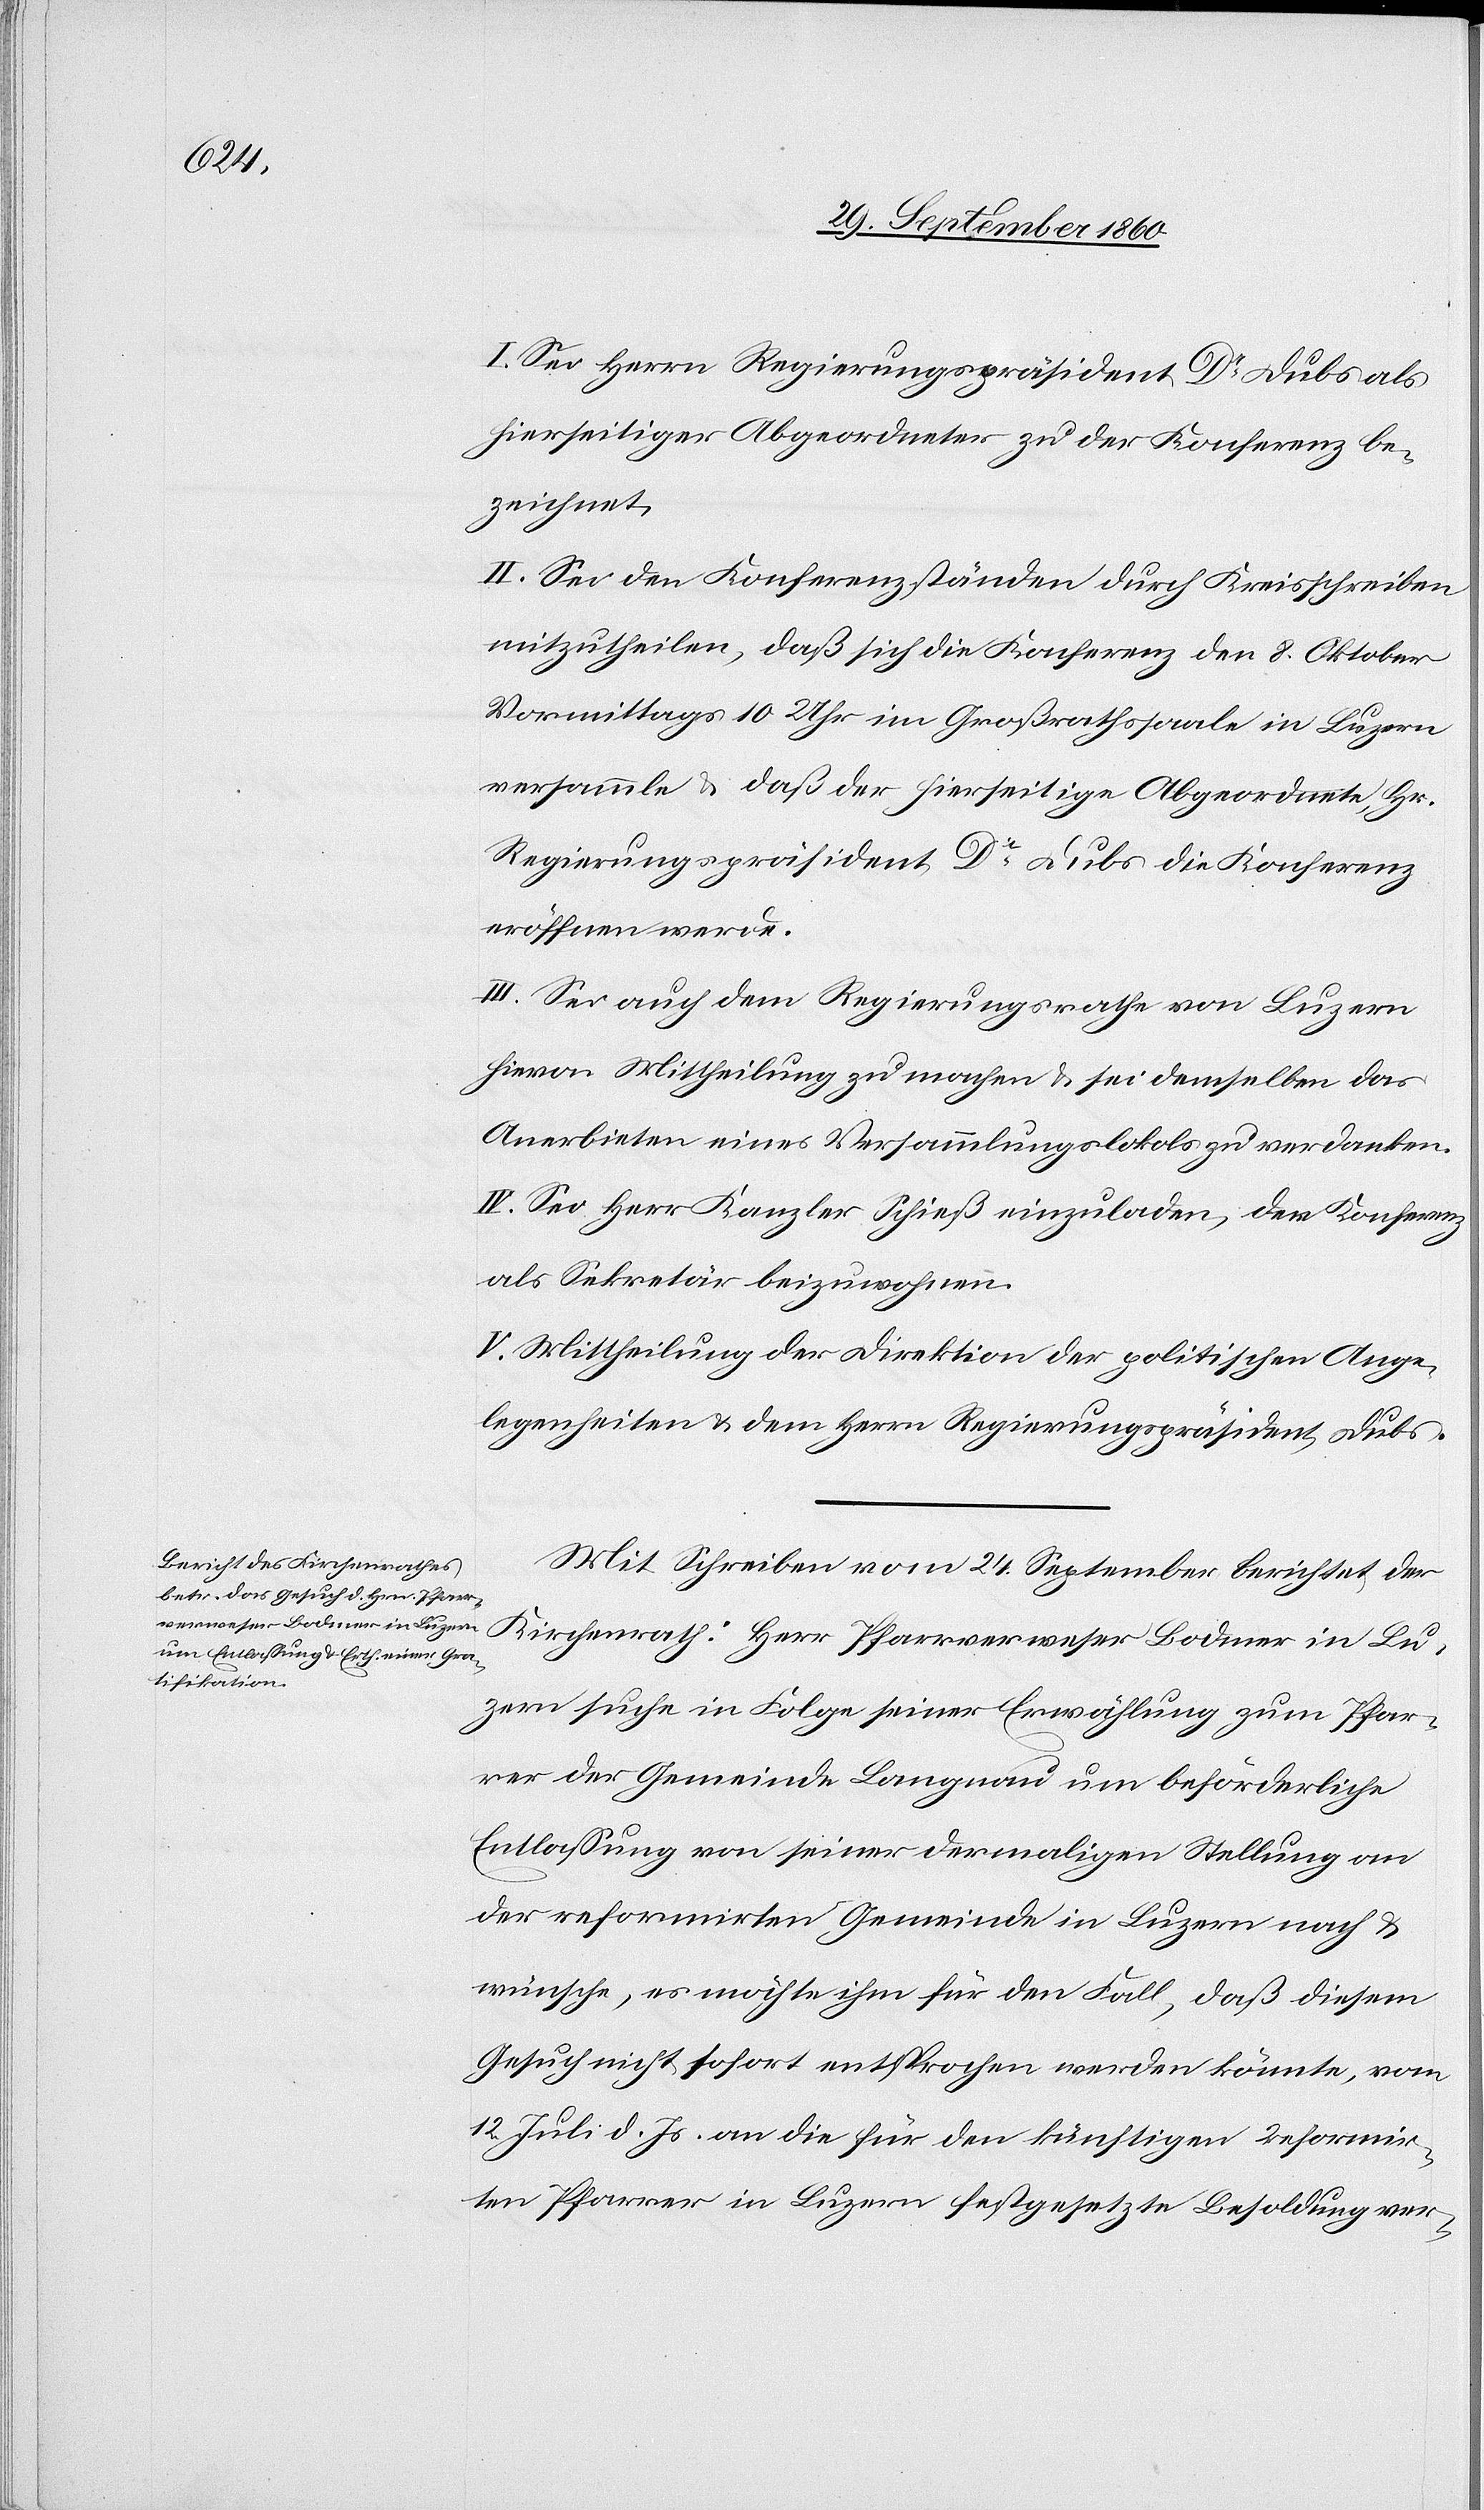
I. Sei Herrn Regierungspräsident Dr Dubs als
hierseitiger Abgeordneter zur der Konferenz be¬
zeichnet.
II. Sei den Konferenzständen durch Kreisschreiben
mitzutheilen, daß sich die Konferenz den 8. Oktober
Vormittags 10 Uhr im Großrathssaale in Luzern
versammle & daß der hierseitige Abgeordnete, Hr.
Regierungspräsident Dr Dubs die Konferenz
eröffnen werde.
III. Sei auch dem Regierungsrathe von Luzern
hievon Mittheilung zu machen & sei demselben das
Anerbieten eines Versammlungslokals zu verdanken.
IV. Sei Herr Kanzler Schieß einzuladen, der Konferenz
als Sekretär beizuwohnen.
V. Mittheilung der Direktion der politischen Ange¬
legenheiten & dem Herrn Regierungspräsident Dubs.
Mit Schreiben vom 24. September berichtet der
Luzern sucht in Folge seiner Erwählung zum Pfar¬
rer der Gemeinde Langnau um beförderliche
Entlassung von seiner dermaligen Stellung an
der reformirten Gemeinde in Luzern nach &
wünsche, es möchte ihm für den Fall, daß diesem
Gesuch nicht sofort entsprochen werden könnte, vom
12. Juli d. Js. an die für den künftigen reformir¬
ten Pfarrer in Luzern festgesetzte Besoldung ver-